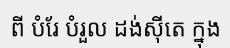
ពី បំរែ បំរួល ដង់ស៊ីតេ ក្នុង